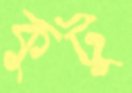
কুটু